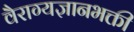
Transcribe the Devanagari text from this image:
वैराग्यज्ञानभक्ती